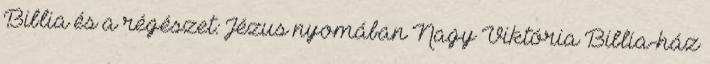
Biblia és a régészet: Jézus nyomában Nagy Viktória Biblia-ház